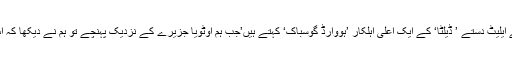
ان کی ہمنوائی کرتے ہوئے ناروے پولیس کے ایلیٹ دستے ’ ڈیلٹا‘ کے ایک اعلیٰ اہلکار ’ہووارڈ گوسباک‘ کہتے ہیں’جب ہم اوٹویا جزیرے کے نزدیک پہنچے تو ہم نے دیکھا کہ اس کے جنوبی حصے میں فائرنگ ہورہی ہے۔